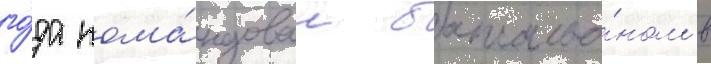
го́да кома́ндовал батальо́ном в